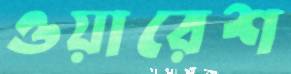
ওয়ারেশ